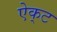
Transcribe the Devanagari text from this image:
ऐक्‌ट